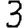
Digit: 3